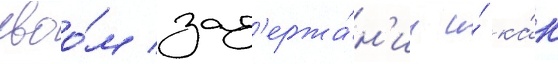
своо́м зад'ержа́н'ии и́ ка́к